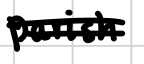
Text: parish
Cross-out: mix
Writing tool: digital_black